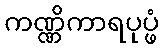
ကဏ္ဏိကာရပုပ္ဖံ